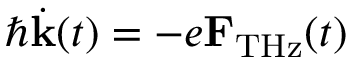
\hbar \dot { \bf k } ( t ) = - e { \bf F } _ { \mathrm { T H z } } ( t )